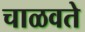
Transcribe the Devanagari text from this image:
चाळवते